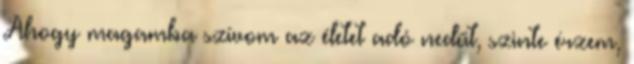
Ahogy magamba szívom az életet adó nedűt, szinte érzem,